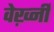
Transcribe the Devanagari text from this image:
वेर्ख़्नी